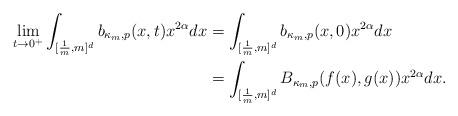
LaTeX: \begin{align*}\lim_{t\to 0^+}\int_{[\frac{1}{m},m]^d } { b_{\kappa_m, p}}(x,t)x^{2\alpha}dx&=\int_{[\frac{1}{m},m]^d } { b_{\kappa_m, p}}(x,0)x^{2\alpha}dx\\&=\int_{[\frac{1}{m},m]^d }B_{\kappa_m,p}(f(x),g(x))x^{2\alpha}dx.\end{align*}